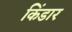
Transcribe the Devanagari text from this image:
किंडार